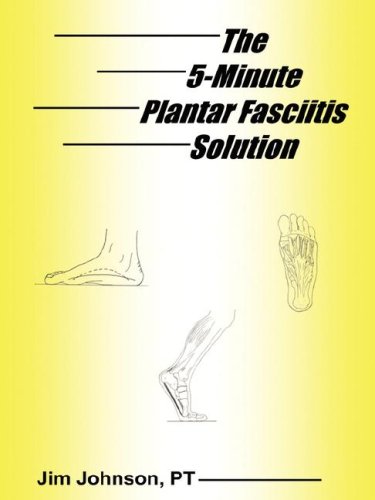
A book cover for The 5-Minute Plantar Fasciitis Solution; Jim Johnson; Health, Fitness & Dieting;